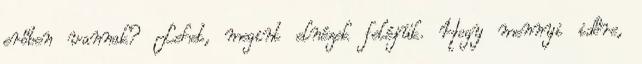
erőben vannak? Lehet, megint elnézek feléjük. Hogy mennyi időre,